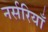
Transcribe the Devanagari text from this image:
नर्सरियाँ